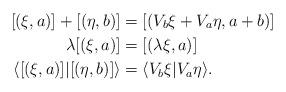
LaTeX: \begin{align*}[(\xi,a)]+[(\eta,b)]&=[(V_{b}\xi+V_{a}\eta,a+b)]\\\lambda[(\xi,a)]&=[(\lambda\xi,a)] \\\langle [(\xi,a)]|[(\eta,b)]\rangle&=\langle V_{b}\xi|V_{a}\eta \rangle.\end{align*}